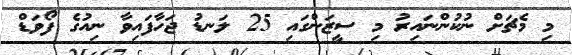
މި މެޗަށް ނުކުންނައިރު މި ސީޒަންގައި 25 ލަނޑު ޖަހާފައިވާ ނިއުގެ ފޯވަޑް